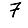
Digit: 7